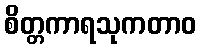
စိတ္တကာရသုကတာဝ